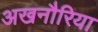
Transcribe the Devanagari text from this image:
अखनौरिया